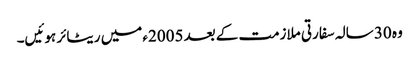
وہ 30 سالہ سفارتی ملازمت کے بعد 2005ء میں ریٹائر ہوئیں۔